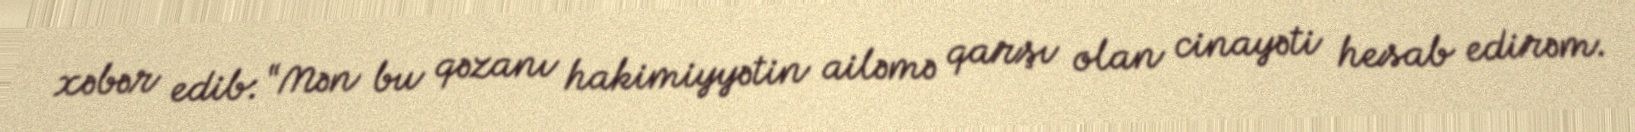
xəbər edib: “Mən bu qəzanı hakimiyyətin ailəmə qarşı olan cinayəti hesab edirəm.